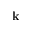
{ \bf k }